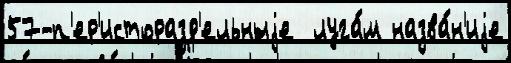
57-п'ер'исторазд'ельныjе  луга́м назва́н'иjе